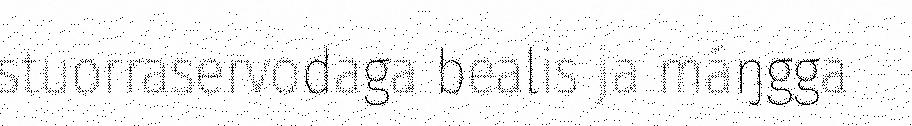
stuorraservodaga bealis ja máŋgga